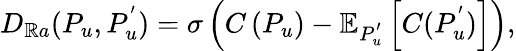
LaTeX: D_{\mathbb{R}a}(P_{u},P_{u}^{'})=\sigma\left(C\left(P_{u}\right)-\mathbb{{E}}_{P_{u}^{'}}\left[C(P_{u}^{'})\right]\right),